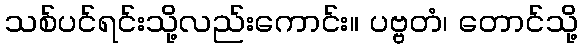
သစ်ပင်ရင်းသို့လည်းကောင်း။ ပဗ္ဗတံ၊ တောင်သို့